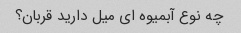
چه نوع آبمیوه ای میل دارید قربان؟